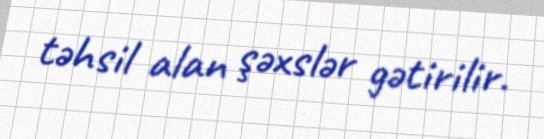
təhsil alan şəxslər gətirilir.